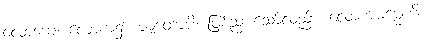
လောကေ၊ လောက၌။ ဇာတောပိ၊ ဖြစ်ညားသော်လည်း။ လောကဓမ္မေဟိ၊